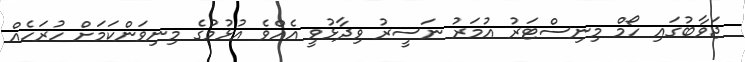
ޖަވާބުގައި ހޯމް މިނިސްޓަރު އުމަރު ނަސީރު ވިދާޅުވީ އެއްވެ އުޅުމުގެ މިނިވަންކަމަށް ހުރަހެއް